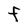
Character: F